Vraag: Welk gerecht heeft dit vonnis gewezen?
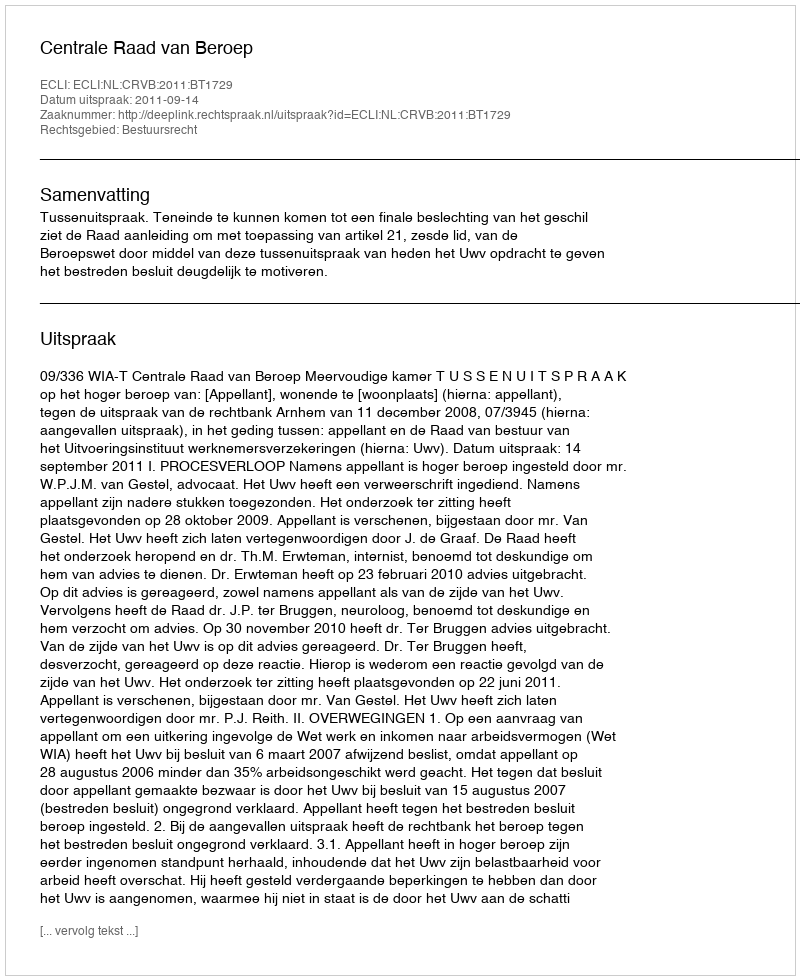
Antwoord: Centrale Raad van Beroep